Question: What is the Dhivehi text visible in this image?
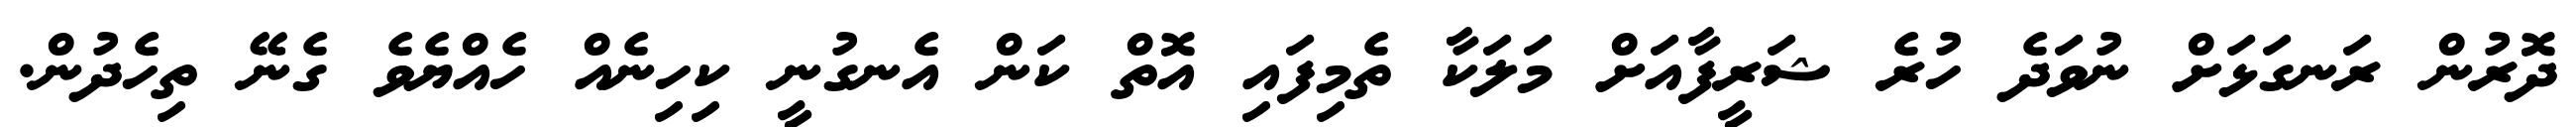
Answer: ދޮރުން ރަނގަޅަށް ނުވަދެ ހުރެ ޝަރީފާއަށް މަލަކާ ތެމިފައި އޮތް ކަން އެނގުނީ ކިހިނެއް ހެއްޔެވެ ގެނޭ ތިހެދުން.